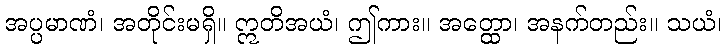
အပ္ပမာဏံ၊ အတိုင်းမရှိ။ ဣတိအယံ၊ ဤကား။ အတ္ထော၊ အနက်တည်း။ သယံ၊